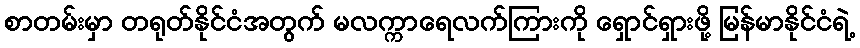
စာတမ်းမှာ တရုတ်နိုင်ငံအတွက် မလက္ကာရေလက်ကြားကို ရှောင်ရှားဖို့ မြန်မာနိုင်ငံရဲ့